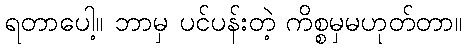
ရတာပေါ့။ ဘာမှ ပင်ပန်းတဲ့ ကိစ္စမှမဟုတ်တာ။